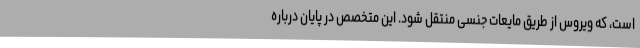
است، که ویروس از طریق مایعات جنسی منتقل شود. این متخصص در پایان درباره